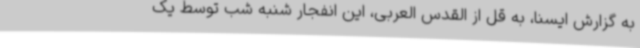
به گزارش ایسنا، به قل از القدس العربی، این انفجار شنبه شب توسط یک